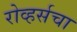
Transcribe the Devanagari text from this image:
रोव्हर्सचा